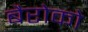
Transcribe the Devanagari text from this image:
बैरोको